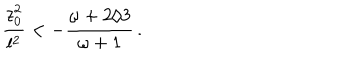
{ \frac { z _ { 0 } ^ { 2 } } { l ^ { 2 } } } < - { \frac { \omega + 2 / 3 } { \omega + 1 } } \, .